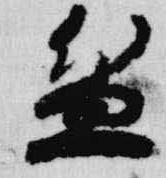
盆